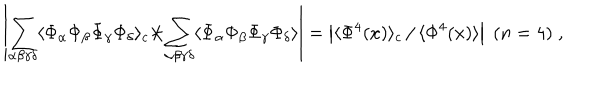
LaTeX: \left| \sum _ { \alpha \beta \gamma \delta } \langle \Phi _ { \alpha } \Phi _ { \beta } \Phi _ { \gamma } \Phi _ { \delta } \rangle _ { c } \left. \right/ \sum _ { \alpha \beta \gamma \delta } \langle \Phi _ { \alpha } \Phi _ { \beta } \Phi _ { \gamma } \Phi _ { \delta } \rangle \right| = \left| \langle \Phi ^ { 4 } ( x ) \rangle _ { c } \left. \right/ \langle \Phi ^ { 4 } ( x ) \rangle \right| \; ( n = 4 ) \; ,